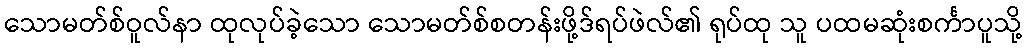
သောမတ်စ်ဝူလ်နာ ထုလုပ်ခဲ့သော သောမတ်စ်စတန်းဖို့ဒ်ရပ်ဖဲလ်၏ ရုပ်ထု သူ ပထမဆုံးစင်္ကာပူသို့